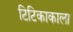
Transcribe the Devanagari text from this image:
टिटिकाकाला